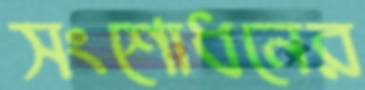
সংশোধনের